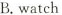
B.watch